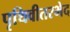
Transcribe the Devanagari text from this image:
पृथिवीतरभेद